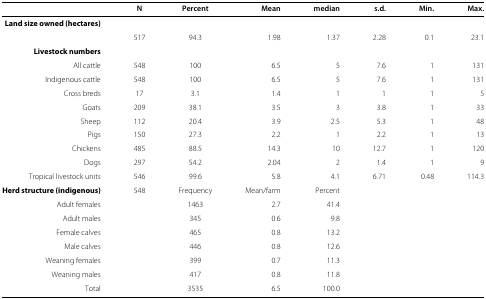
|  | N | Percent | Mean | median | s.d. | Min. | Max. |
 | --- | --- | --- | --- | --- | --- | --- | --- |
 | Land size owned (hectares) |  |  |  |  |  |  |  |
 |  | 517 | 94.3 | 1.98 | 1.37 | 2.28 | 0.1 | 23.1 |
 | Livestock numbers |  |  |  |  |  |  |  |
 | All cattle | 548 | 100 | 6.5 | 5 | 7.6 | 1 | 131 |
 | Indigenous cattle | 548 | 100 | 6.5 | 5 | 7.6 | 1 | 131 |
 | Cross breds | 17 | 3.1 | 1.4 | 1 | 1 | 1 | 5 |
 | Goats | 209 | 38.1 | 3.5 | 3 | 3.8 | 1 | 33 |
 | Sheep | 112 | 20.4 | 3.9 | 2.5 | 5.3 | 1 | 48 |
 | Pigs | 150 | 27.3 | 2.2 | 1 | 2.2 | 1 | 13 |
 | Chickens | 485 | 88.5 | 14.3 | 10 | 12.7 | 1 | 120 |
 | Dogs | 297 | 54.2 | 2.04 | 2 | 1.4 | 1 | 9 |
 | Tropical livestock units | 546 | 99.6 | 5.8 | 4.1 | 6.71 | 0.48 | 114.3 |
 | Herd structure (indigenous) | 548 | Frequency | Mean/farm | Percent |  |  |  |
 | Adult females |  | 1463 | 2.7 | 41.4 |  |  |  |
 | Adult males |  | 345 | 0.6 | 9.8 |  |  |  |
 | Female calves |  | 465 | 0.8 | 13.2 |  |  |  |
 | Male calves |  | 446 | 0.8 | 12.6 |  |  |  |
 | Weaning females |  | 399 | 0.7 | 11.3 |  |  |  |
 | Weaning males |  | 417 | 0.8 | 11.8 |  |  |  |
 | Total |  | 3535 | 6.5 | 100.0 |  |  |  |